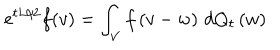
e ^ { t L / 2 } f ( v ) = \int _ { V } f \left( v - w \right) \, d Q _ { t } \left( w \right)